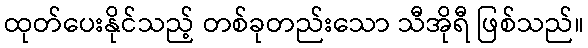
ထုတ်ပေးနိုင်သည့် တစ်ခုတည်းသော သီအိုရီ ဖြစ်သည်။